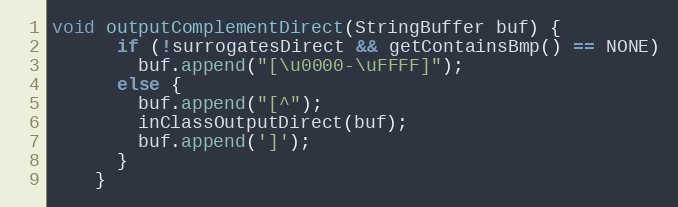
Language: Java
void outputComplementDirect(StringBuffer buf) {
      if (!surrogatesDirect && getContainsBmp() == NONE)
        buf.append("[\u0000-\uFFFF]");
      else {
        buf.append("[^");
        inClassOutputDirect(buf);
        buf.append(']');
      }
    }